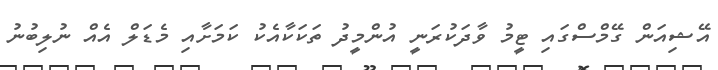
އޭޝިއަން ގޭމްސްގައި ޓީމު ވާދަކުރަނީ އުންމީދު ތަކަކާއެކު ކަމަށާއި މެޑަލް އެއް ނުލިބުނު